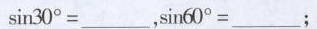
$$\sin 3 0 ° = ______$$，$$\sin 6 0 ° = _____$$；